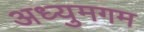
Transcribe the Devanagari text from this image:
अध्युमगम